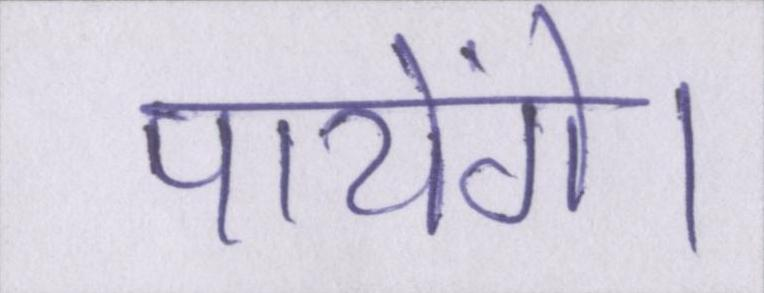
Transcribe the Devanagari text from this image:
पायेंगे।